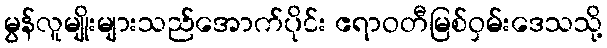
မွန်လူမျိုးများသည်အောက်ပိုင်း ဧရာဝတီမြစ်ဝှမ်းဒေသသို့